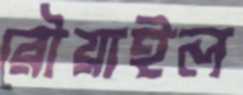
রৌয়াইল